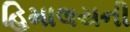
હિમાલયની